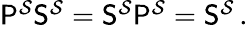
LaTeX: \begin{array}{r}{\mathsf{P}^{\mathcal{S}}\mathsf{S}^{\mathcal{S}}=\mathsf{S}^{\mathcal{S}}\mathsf{P}^{\mathcal{S}}=\mathsf{S}^{\mathcal{S}}\, .}\end{array}